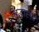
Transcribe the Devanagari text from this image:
श्रद्धास्पद